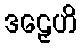
ဒဠှေဟိ